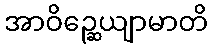
အာဝိဉ္ဆေယျာမာတိ